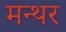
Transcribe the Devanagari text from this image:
मन्थर